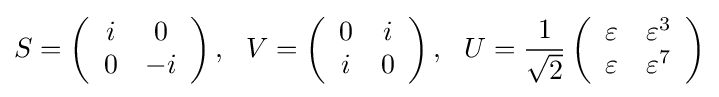
S=\left({\begin{array}{cc}i&0\\0&-i\end{array}}\right),\ \ V=\left({\begin{array}{cc}0&i\\i&0\end{array}}\right),\ \ U={\frac {1}{\sqrt {2}}}\left({\begin{array}{cc}\varepsilon &\varepsilon ^{3}\\\varepsilon &\varepsilon ^{7}\end{array}}\right)